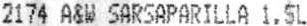
2174 A&W SARSAPARILLA 1.5L